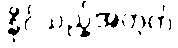
နိုင်သည့်အတွက်